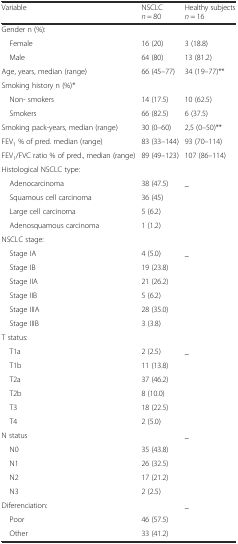
<table><thead><tr><td rowspan="2"><b>Variable</b></td><td><b>NSCLC</b></td><td><b>Healthy subjects</b></td></tr><tr><td><b><i>n</i> = 80</b></td><td><b><i>n</i> = 16</b></td></tr></thead><tbody><tr><td>Gender n (%):</td><td></td><td></td></tr><tr><td> Female</td><td>16 (20)</td><td>3 (18.8)</td></tr><tr><td> Male</td><td>64 (80)</td><td>13 (81.2)</td></tr><tr><td>Age, years, median (range)</td><td>66 (45–77)</td><td>34 (19–77)**</td></tr><tr><td>Smoking history n (%)*</td><td></td><td></td></tr><tr><td> Non- smokers</td><td>14 (17.5)</td><td>10 (62.5)</td></tr><tr><td> Smokers</td><td>66 (82.5)</td><td>6 (37.5)</td></tr><tr><td>Smoking pack-years, median (range)</td><td>30 (0–60)</td><td>2,5 (0–50)**</td></tr><tr><td>FEV<sub>1</sub> % of pred. median (range)</td><td>83 (33–144)</td><td>93 (70–114)</td></tr><tr><td>FEV<sub>1</sub>/FVC ratio % of pred., median (range)</td><td>89 (49–123)</td><td>107 (86–114)</td></tr><tr><td>Histological NSCLC type:</td><td></td><td></td></tr><tr><td> Adenocarcinoma</td><td>38 (47.5)</td><td rowspan="4">_</td></tr><tr><td> Squamous cell carcinoma</td><td>36 (45)</td></tr><tr><td> Large cell carcinoma</td><td>5 (6.2)</td></tr><tr><td> Adenosquamous carcinoma</td><td>1 (1.2)</td></tr><tr><td>NSCLC stage:</td><td></td><td></td></tr><tr><td> Stage IA</td><td>4 (5.0)</td><td rowspan="6">_</td></tr><tr><td> Stage IB</td><td>19 (23.8)</td></tr><tr><td> Stage IIA</td><td>21 (26.2)</td></tr><tr><td> Stage IIB</td><td>5 (6.2)</td></tr><tr><td> Stage IIIA</td><td>28 (35.0)</td></tr><tr><td> Stage IIIB</td><td>3 (3.8)</td></tr><tr><td>T status:</td><td></td><td></td></tr><tr><td> T1a</td><td>2 (2.5)</td><td rowspan="6">_</td></tr><tr><td> T1b</td><td>11 (13.8)</td></tr><tr><td> T2a</td><td>37 (46.2)</td></tr><tr><td> T2b</td><td>8 (10.0)</td></tr><tr><td> T3</td><td>18 (22.5)</td></tr><tr><td> T4</td><td>2 (5.0)</td></tr><tr><td>N status</td><td></td><td rowspan="5">_</td></tr><tr><td> N0</td><td>35 (43.8)</td></tr><tr><td> N1</td><td>26 (32.5)</td></tr><tr><td> N2</td><td>17 (21.2)</td></tr><tr><td> N3</td><td>2 (2.5)</td></tr><tr><td>Diferenciation:</td><td></td><td rowspan="3">_</td></tr><tr><td> Poor</td><td>46 (57.5)</td></tr><tr><td> Other</td><td>33 (41.2)</td></tr></tbody></table>